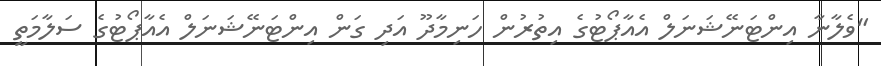
"ވެލާނާ އިންޓަނޭޝަނަލް އެއާޕޯޓުގެ އިތުރުން ހަނިމާދޫ އަދި ގަން އިންޓަނޭޝަނަލް އެއާޕޯޓުގެ ސަލާމަތީ